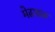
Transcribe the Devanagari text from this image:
मेढपाळ